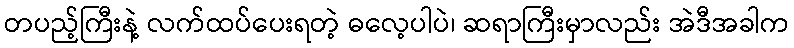
တပည့်ကြီးနဲ့ လက်ထပ်ပေးရတဲ့ ဓလေ့ပါပဲ၊ ဆရာကြီးမှာလည်း အဲဒီအခါက